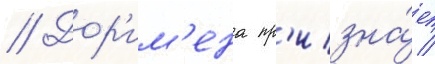
// Дор'им'ена пр'изна́ет /